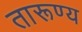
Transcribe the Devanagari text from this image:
तारूण्य